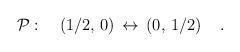
LaTeX: \begin{align*}{\cal P}:\quad \left({1/2},\,0\right)\,\leftrightarrow\,\left(0,\,{1/ 2}\right)\quad.\end{align*}